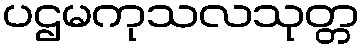
ပဌမကုသလသုတ္တ